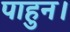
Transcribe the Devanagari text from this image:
पाहुन।